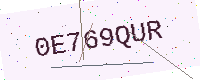
Text: 0E769QUR